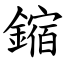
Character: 鏥